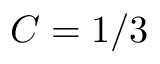
C = 1 / 3